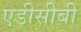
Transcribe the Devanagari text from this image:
एडीसीबी